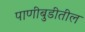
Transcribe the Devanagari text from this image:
पाणीबुडीतील